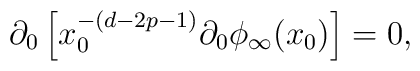
\partial_0\left[ x_0^{-(d-2p-1)}\partial_0 \phi_\infty (x_0) \right] = 0,